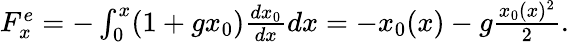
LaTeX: \begin{array}{r}{F_{x}^{e}=-\int_{0}^{x}(1+gx_{0})\frac{dx_{0}}{dx}dx=-x_{0}(x)-g\frac{x_{0}(x)^{2}}{2}.}\end{array}